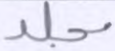
مجلد